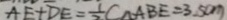
A E + D E = \frac { 1 } { 2 } C \Delta A B E = 3 5 ( m )